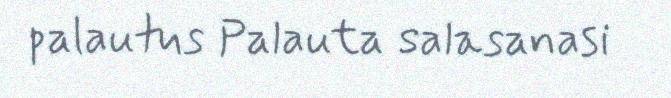
palautus Palauta salasanasi